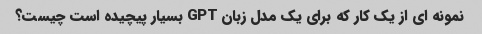
نمونه ای از یک کار که برای یک مدل زبان GPT بسیار پیچیده است چیست؟